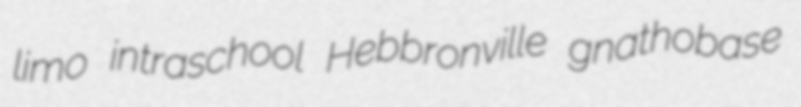
limo intraschool Hebbronville gnathobase